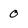
Character: 0